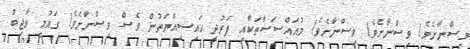
ވިސްނާށެވެ! ވިސްނާށެވެ! ވިސްނާށެވެ! މުއައްސަސާތަކާއި ފަރުދީ ހައިސިއްޔަތުން ވެސް ވިސްނާށެވެ! ގައުމީ ވާޖިބު